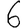
Digit: 6